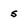
Character: s